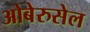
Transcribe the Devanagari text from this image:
ओबेरुसेल